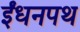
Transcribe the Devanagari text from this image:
ईंधनपथ